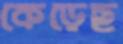
কেড়েছ